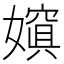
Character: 𡢌